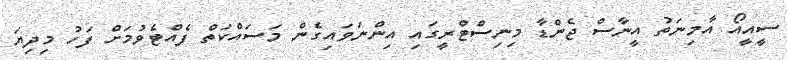
ސީއީއޯ އާމިނަތު އީނާސް ޖެންޑާ މިނިސްޓްރީގައި އިންނަވައިގެން މަސައްކަތް ފެއްޓެވުމަށް ފަހު މިދިޔަ